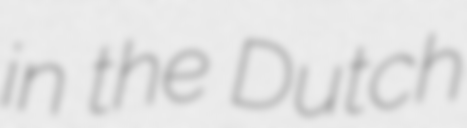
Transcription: in the Dutch